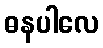
ဓနပါလေ